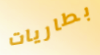
بطاريات